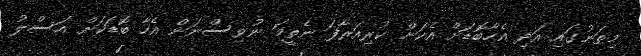
މިތަނުގައި އަދި އެހާބޮޑަށް އެކަން ކުރިއަރާފަ ނެތީމަ ނުވިސްނަން އެހާ ބޮޑަކަށް އަސްލު